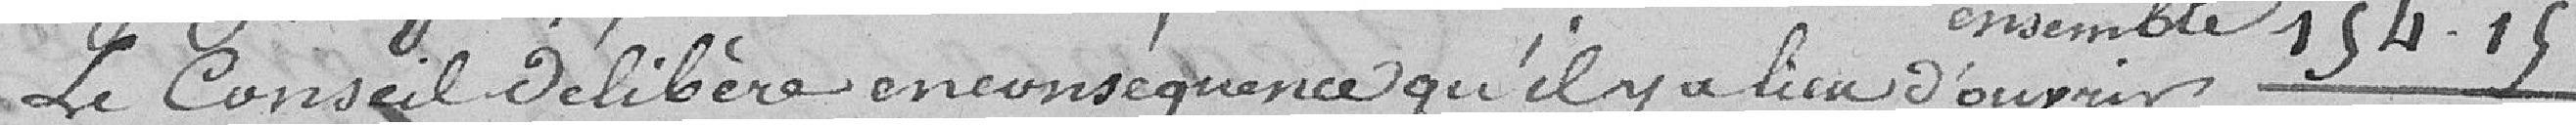
Le Conseil délibère en conséquence qu'il y a lieu d'ouvrir ensemble 154.15